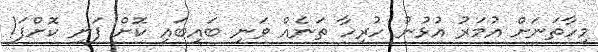
މިހާތަނަށް އުމަރު އުޅުނު ހުރިހާ ތަނެއް ވަނި ބައިބައި ކޮށް ފަނި ކޮށްފަ!